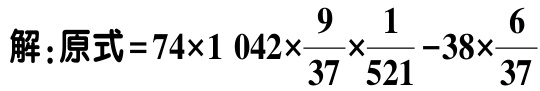
解：原式\(=74\times1042\times\frac{9}{37}\times\frac{1}{521}-38\times\frac{6}{37}\)